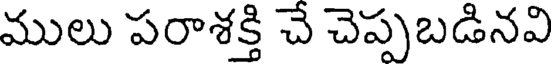
ములు పరాశక్తి చే చెప్పబడినవి